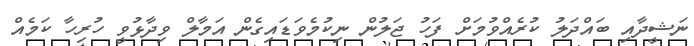
ނަޝީދާއި ބައްދަލު ކުރެއްވުމަށް ފަހު ޖަލުން ނިކުމެވަޑައިގެން އަމާލް ވިދާޅުވީ ހުރިހާ ކަމެއް